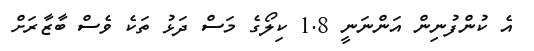
އެ ކުންފުނިން އަންނަނީ 1.8 ކިލޯގެ މަސް ދަޅު ތަކެ ވެސް ބާޒާރަށް